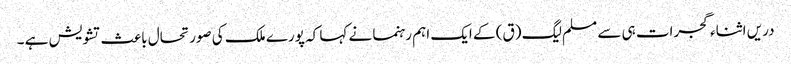
دریں اثناء گجرات ہی سے مسلم لیگ (ق) کے ایک اہم رہنما نے کہا کہ پورے ملک کی صورتحال باعث تشویش ہے ۔